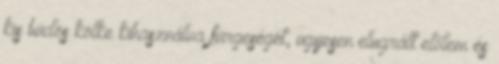
kis büdös kölke kihasználva fürgeségét, ügyesen elugrált előlem és